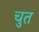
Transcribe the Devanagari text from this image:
चुत